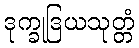
ဒုက္ခုဒြယသုတ္တံ